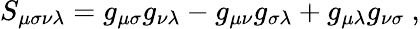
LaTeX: S_{\mu\sigma\nu\lambda}=g_{\mu\sigma}g_{\nu\lambda}-g_{\mu\nu}g_{\sigma\lambda}+g_{\mu\lambda}g_{\nu\sigma}~,